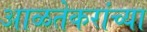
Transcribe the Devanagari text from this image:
आळतेकरांच्या